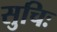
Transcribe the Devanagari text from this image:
सुचिः